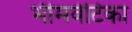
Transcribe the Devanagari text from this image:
भीमवेटिका